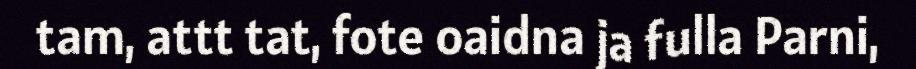
tam, attt tat, fote oaidna ja fulla Parni,